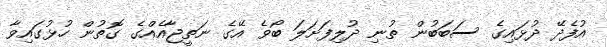
އުފެދޭ ދުޅައިގެ ސަބަބުން ތުނި ދުލިފަށަލަ ބޯވެ އޭގެ ނަތީޖާއެއްގެ ގޮތުން ހުޅުގައިވާ